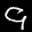
Label: 9